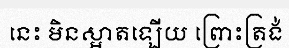
នេះ មិនស្អាតឡើយ ព្រោះត្រង់